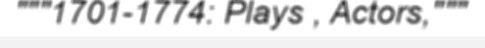
"""1701-1774: Plays , Actors,"""